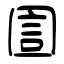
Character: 圁